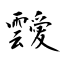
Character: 靉